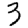
Digit: 3